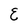
Character: E